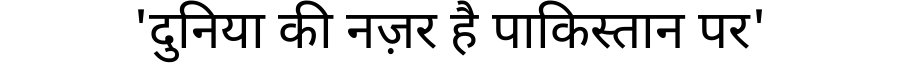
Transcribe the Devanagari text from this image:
'दुनिया की नज़र है पाकिस्तान पर'